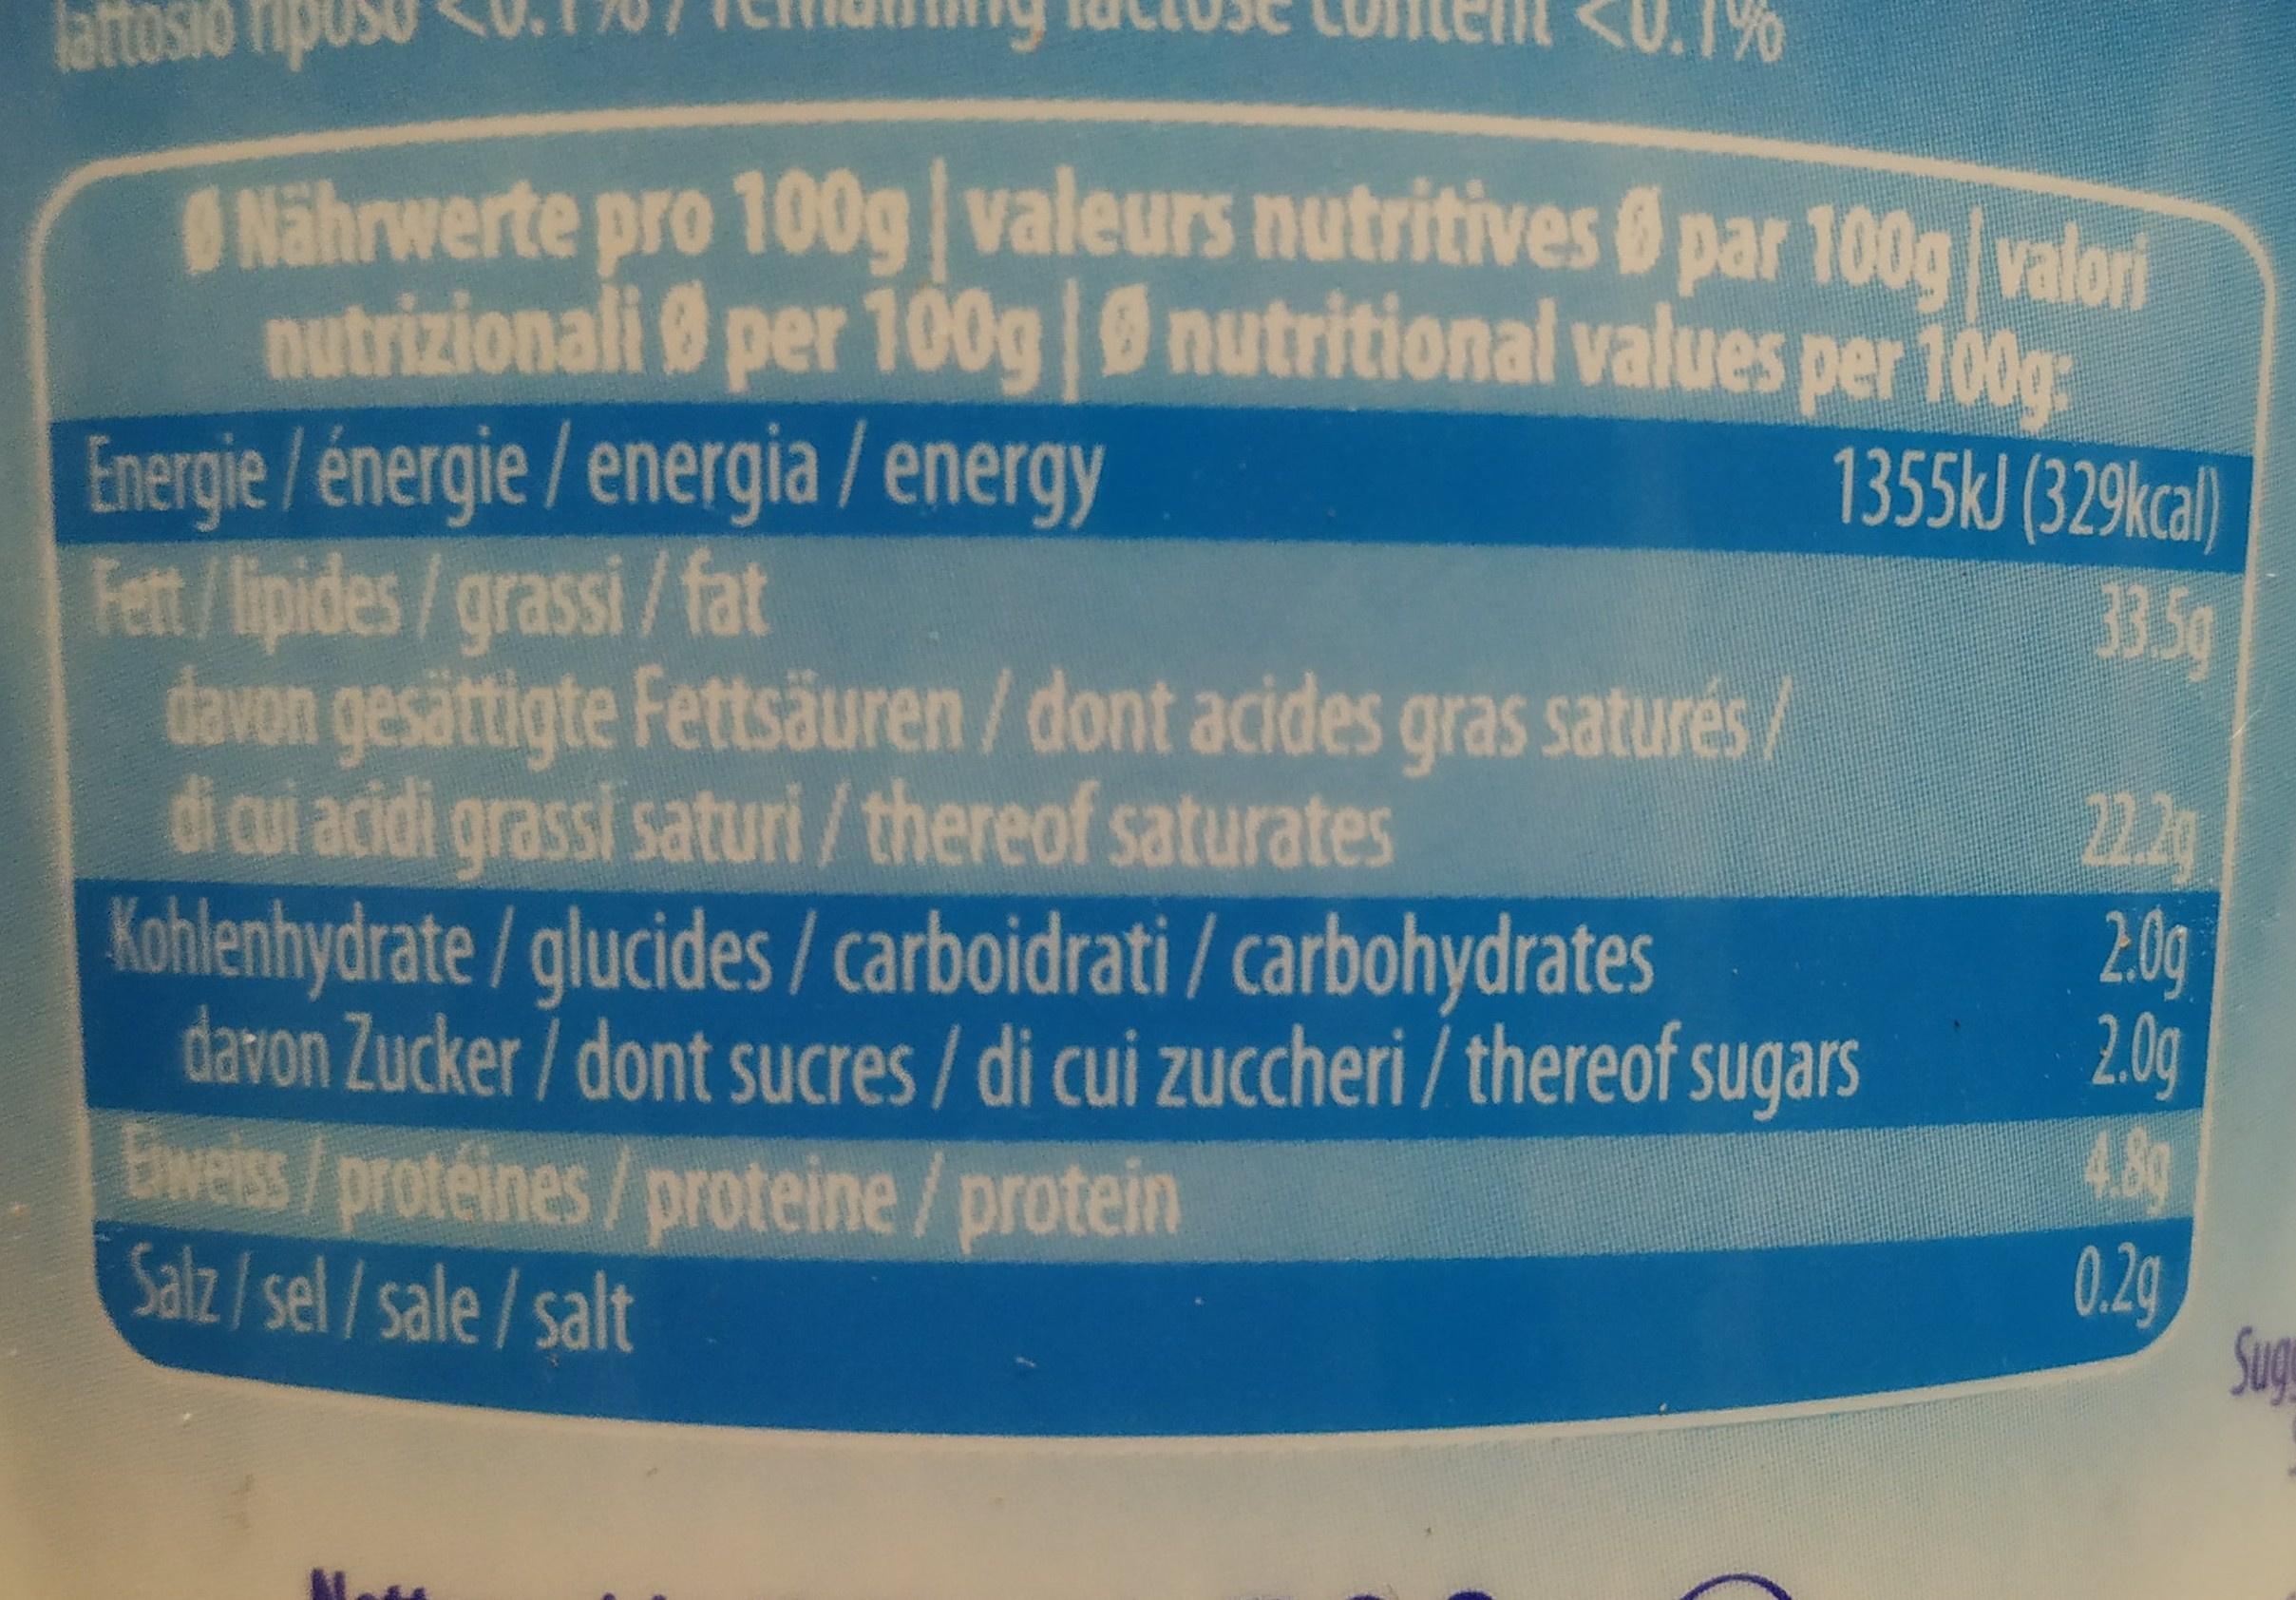
lattosio fipuso
OSIO
O Nährwerte pro 100g valeurs nutritives par 100glvalon nutrizionali per 100g Energie/énergie/energia / energy Fett/lipides/grassi/ fat davon gesättigte Fettsäuren / dont acides gras saturés/ di cui acidi grassi saturi/thereof saturates Kohlenhydrate / glucides / carboidrati / carbohydrates davon Zucker/ dont sucres / di cui zuccheri / thereof sugars Eweiss/protéines/proteine/protein Salz/sel/sale/salt
nutritional values per 100g
1355kJ (329kcal)
33.5g
22.2g 2.0g 2.0g 4.8g 0.2g Sugu